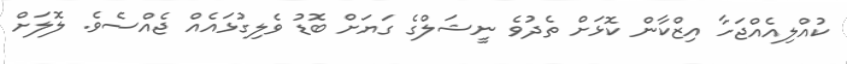
ކުއްލިއެއްޖަހާ އިޒްކާން ކޮޅަށް ތެދުވެ ނީޝަލްގެ ގަޔަށް ބޮޑު ވެލިގުޅައެއް ޖެއްސެވެ. ލޮލަށް